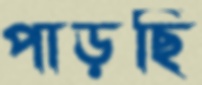
পাড়ছি